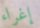
إغراء